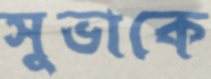
সুভাকে